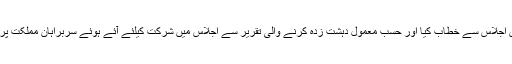
گزشتہ روزامریکہ کے صدر نے اس اجلاس سے خطاب کیا اور حسب معمول دہشت زدہ کرنے والی تقریر سے اجلاس میں شرکت کیلئے آئے ہوئے سربراہانِ مملکت پر رعب ڈالنے کی بھرپور کوشش کی۔